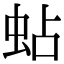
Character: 蛅